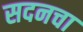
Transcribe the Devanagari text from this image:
सदनचा